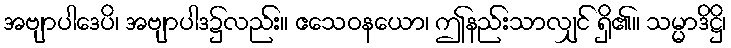
အဗျာပါဒေပိ၊ အဗျာပါဒ၌လည်း။ ဧသေဝနယော၊ ဤနည်းသာလျှင် ရှိ၏။ သမ္မာဒိဋ္ဌိ၊